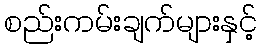
စည်းကမ်းချက်များနှင့်